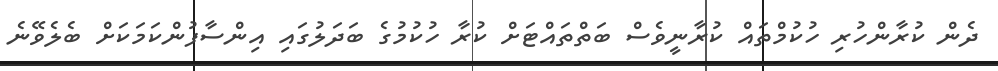
ދެން ކުރާންހުރި ހުކުމްތައް ކުރާނީވެސް ބަތްތައްޓަށް ކުރާ ހުކުމުގެ ބަދަލުގައި އިންސާފުންކަމަކަށް ބެލެވޭނެ